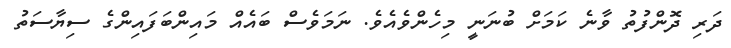
ދަރި ދޮންފުތު ވާނެ ކަމަށް ބުނަނީ މިހެންވެއެވެ. ނަމަވެސް ބައެއް މައިންބަފައިންގެ ސިޔާސަތު